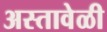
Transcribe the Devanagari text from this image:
अस्तावेळी